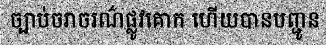
ច្បាប់ចរាចរណ៌ផ្លូវគោក ហើយបានបញ្ជូន